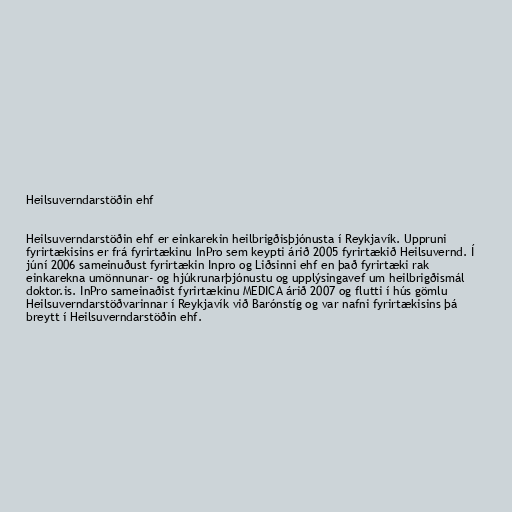
Heilsuverndarstöðin ehf

Heilsuverndarstöðin ehf er einkarekin heilbrigðisþjónusta í Reykjavík. Uppruni
fyrirtækisins er frá fyrirtækinu InPro sem keypti árið 2005 fyrirtækið Heilsuvernd. Í
júní 2006 sameinuðust fyrirtækin Inpro og Liðsinni ehf en það fyrirtæki rak
einkarekna umönnunar- og hjúkrunarþjónustu og upplýsingavef um heilbrigðismál
doktor.is. InPro sameinaðist fyrirtækinu MEDICA árið 2007 og flutti í hús gömlu
Heilsuverndarstöðvarinnar í Reykjavík við Barónstíg og var nafni fyrirtækisins þá
breytt í Heilsuverndarstöðin ehf.